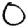
Digit: 0